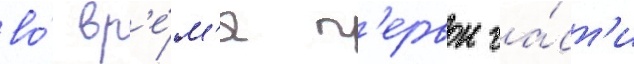
во́ вр'е́м'я п'ервои ча́ст'и